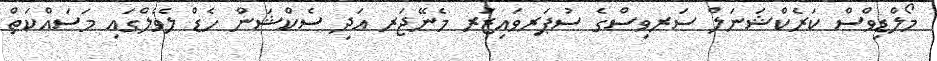
މޯލްޑިވްސް ކަރެކްޝަނަލް ސަރވިސްގެ ސުޕަރވައިޒަރ މެނޭޖަރ އަދި ސެކްޝަން ހެޑް ލެވެލްގައި މަސައްކަތް